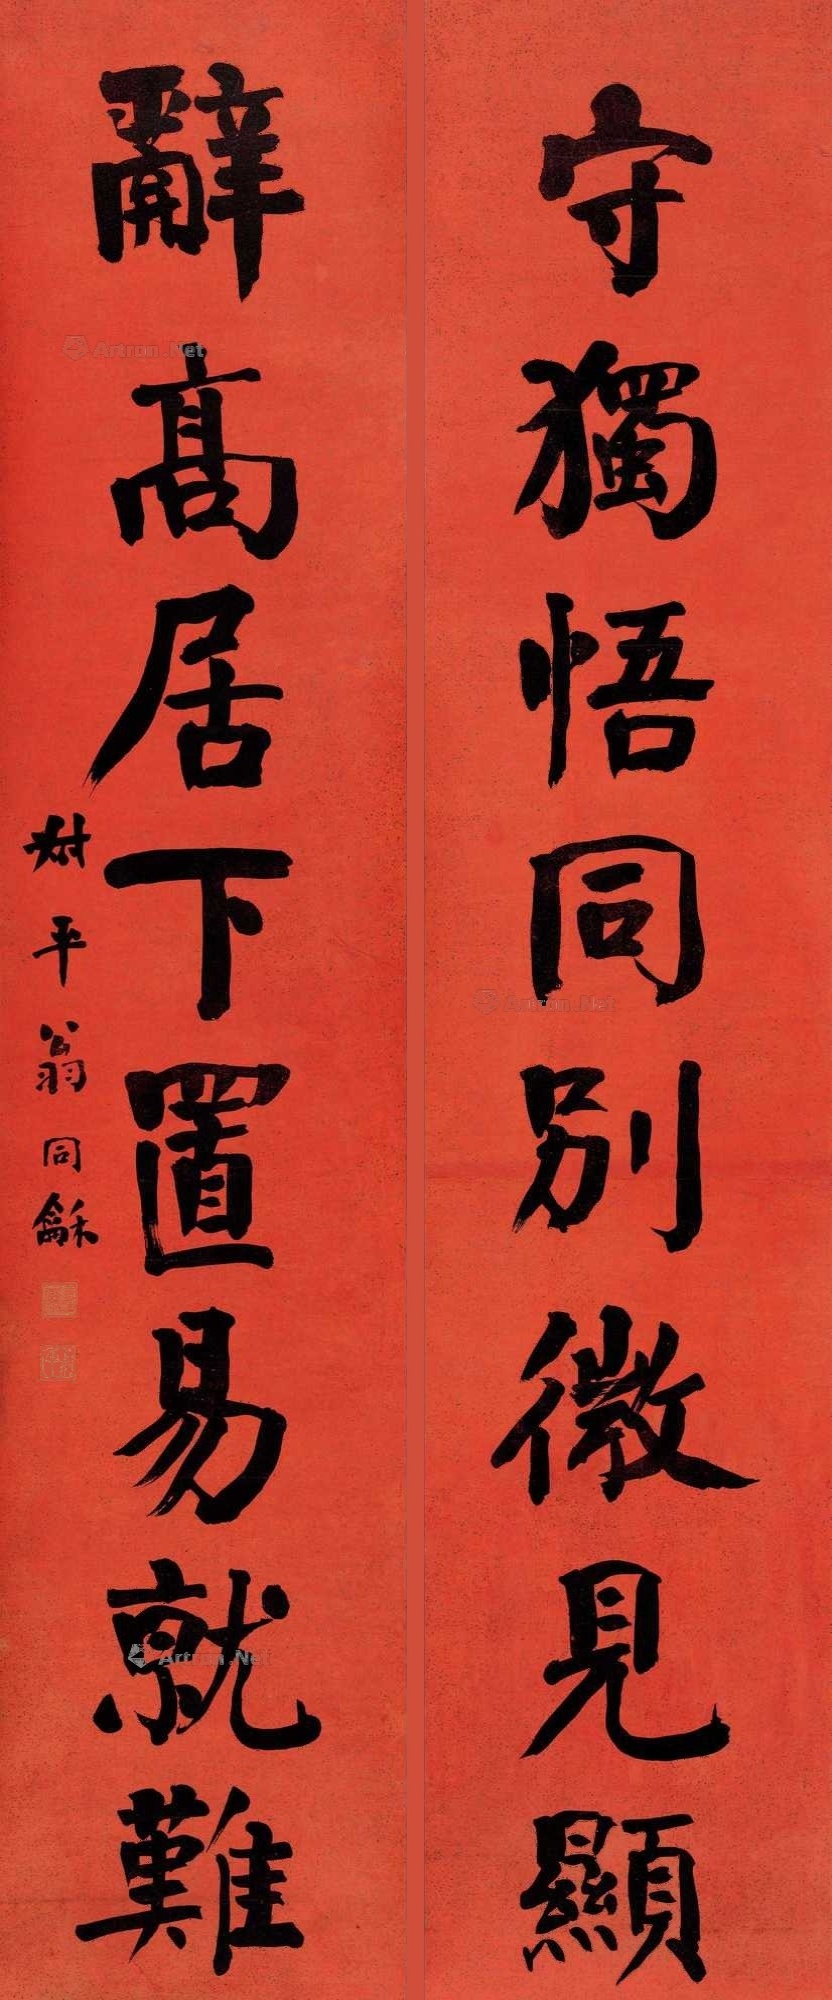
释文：守独悟同别微见显，辞高居下置易就难。叔平翁同龢。